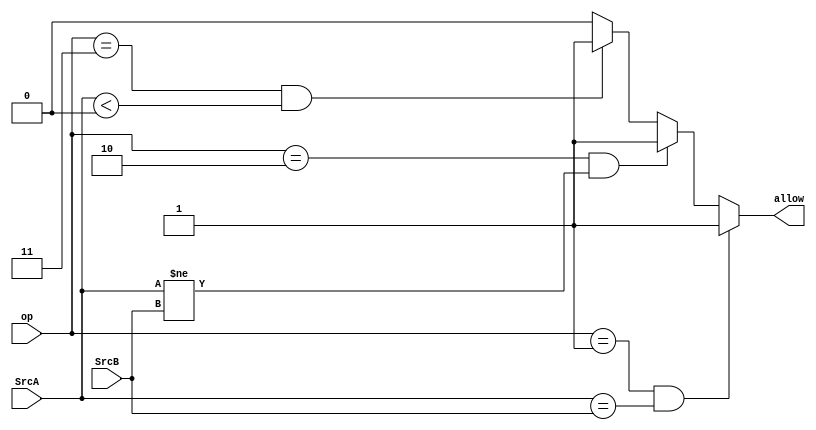
module CMP(
    input [31:0] SrcA,
    input [31:0] SrcB,
    input [2:0] op,
    output allow
);
    parameter beq = 3'b001;
    parameter bne = 3'b010;
    parameter cbcl = 3'b011;

    wire equal = (SrcA == SrcB);
    wire not_equal = (SrcA != SrcB);
    wire condition = ($signed(SrcA) < 0);
    assign allow = (op == beq && equal)     ? 1'b1 :
                   (op == bne && not_equal) ? 1'b1 : 
                   (op == cbcl&& condition) ? 1'b1 :
                                                        1'b0;
endmodule
//$signed(rt) < 0